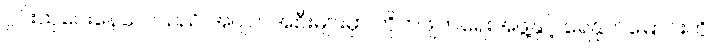
ဂွင်းထုပေးနေလေသည် အပျက်အစီးများမှာ တိုက်ဖျက်ရေးအဖွဲ့နှင့် ရေနုတ်မြောင်းကို